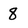
Character: 8